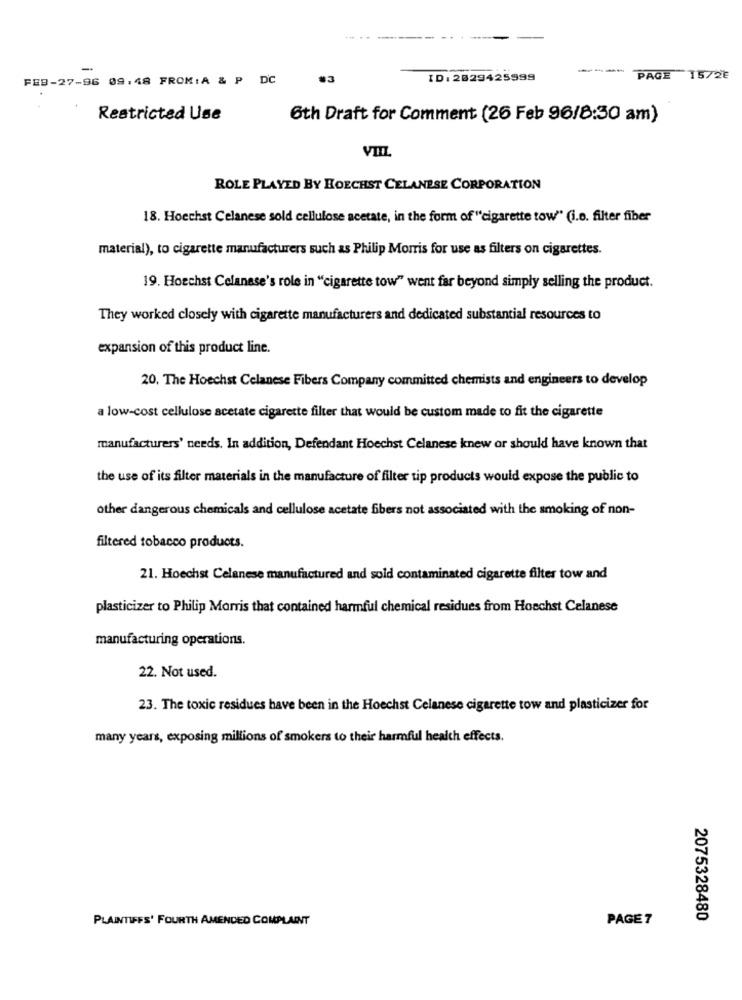
---
...
--
-
-
FEB-27-96 09.48 FROM:A & P DC
ID: 2829425999
PAGE 15/2₺
Restricted Use
6th Draft for Comment (26 Feb 96/8:30 am)
VIIL
ROLE PLAYED BY HOECHST CELANESE CORPORATION
18. Hoechst Celanese sold cellulose acetate, in the form of "cigarette tow" (i.e. filter fiber
material), to cigarette manufacturers such as Philip Morris for use as filters on cigarettes.
19. Hoechst Celanese's role in "cigarette tow" went far beyond simply selling the product.
They worked closely with cigarette manufacturers and dedicated substantial resources to
expansion of this product line.
20. The Hoechst Celanese Fibers Company committed chemists and engineers to develop
a low-cost cellulose acetate cigarette filter that would be custom made to fit the cigarette
manufacturers' needs. In addition, Defendant Hoechst Celanese knew or should have known that
the use of its filter materials in the manufacture of filter tip products would expose the public to
other dangerous chemicals and cellulose acetate fibers not associated with the smoking of non-
filtered tobacco products.
21. Hoechst Celanese manufactured and sold contaminated cigarette filter tow and
plasticizer to Philip Morris that contained harmful chemical residues from Hoechst Celanese
manufacturing operations.
22. Not used.
23. The toxic residues have been in the Hoechst Celanese cigarette tow and plasticizer for
many years, exposing millions of smokers to their harmful health effects.
PLAINTIFFS' FOURTH AMENDED COMPLAINT
PAGE 7
2075328480